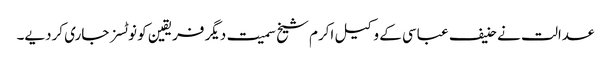
عدالت نے حنیف عباسی کے وکیل اکرم شیخ سمیت دیگر فریقین کو نوٹسز جاری کردیے۔